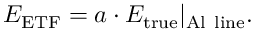
E _ { \mathrm { E T F } } = a \cdot E _ { \mathrm { t r u e } } | _ { \mathrm { A l \ l i n e } } .